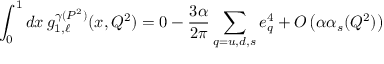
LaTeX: \int _ { 0 } ^ { 1 } d x \, g _ { 1 , \ell } ^ { \gamma ( P ^ { 2 } ) } ( x , Q ^ { 2 } ) = 0 - \frac { 3 \alpha } { 2 \pi } \sum _ { q = u , d , s } e _ { q } ^ { 4 } + { \cal { O } } \left( \alpha \alpha _ { s } ( Q ^ { 2 } ) \right)